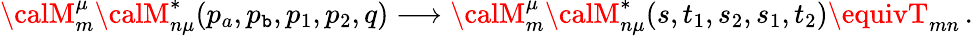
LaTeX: {\calM}_{m}^{\mu}{\calM}_{n\mu}^{*}(p_{a},p_{\mathtt{b}},p_{1},p_{2},q)\longrightarrow{\calM}_{m}^{\mu}{\calM}_{n\mu}^{*}(s,t_{1},s_{2},s_{1},t_{2})\equivT_{mn}\, .